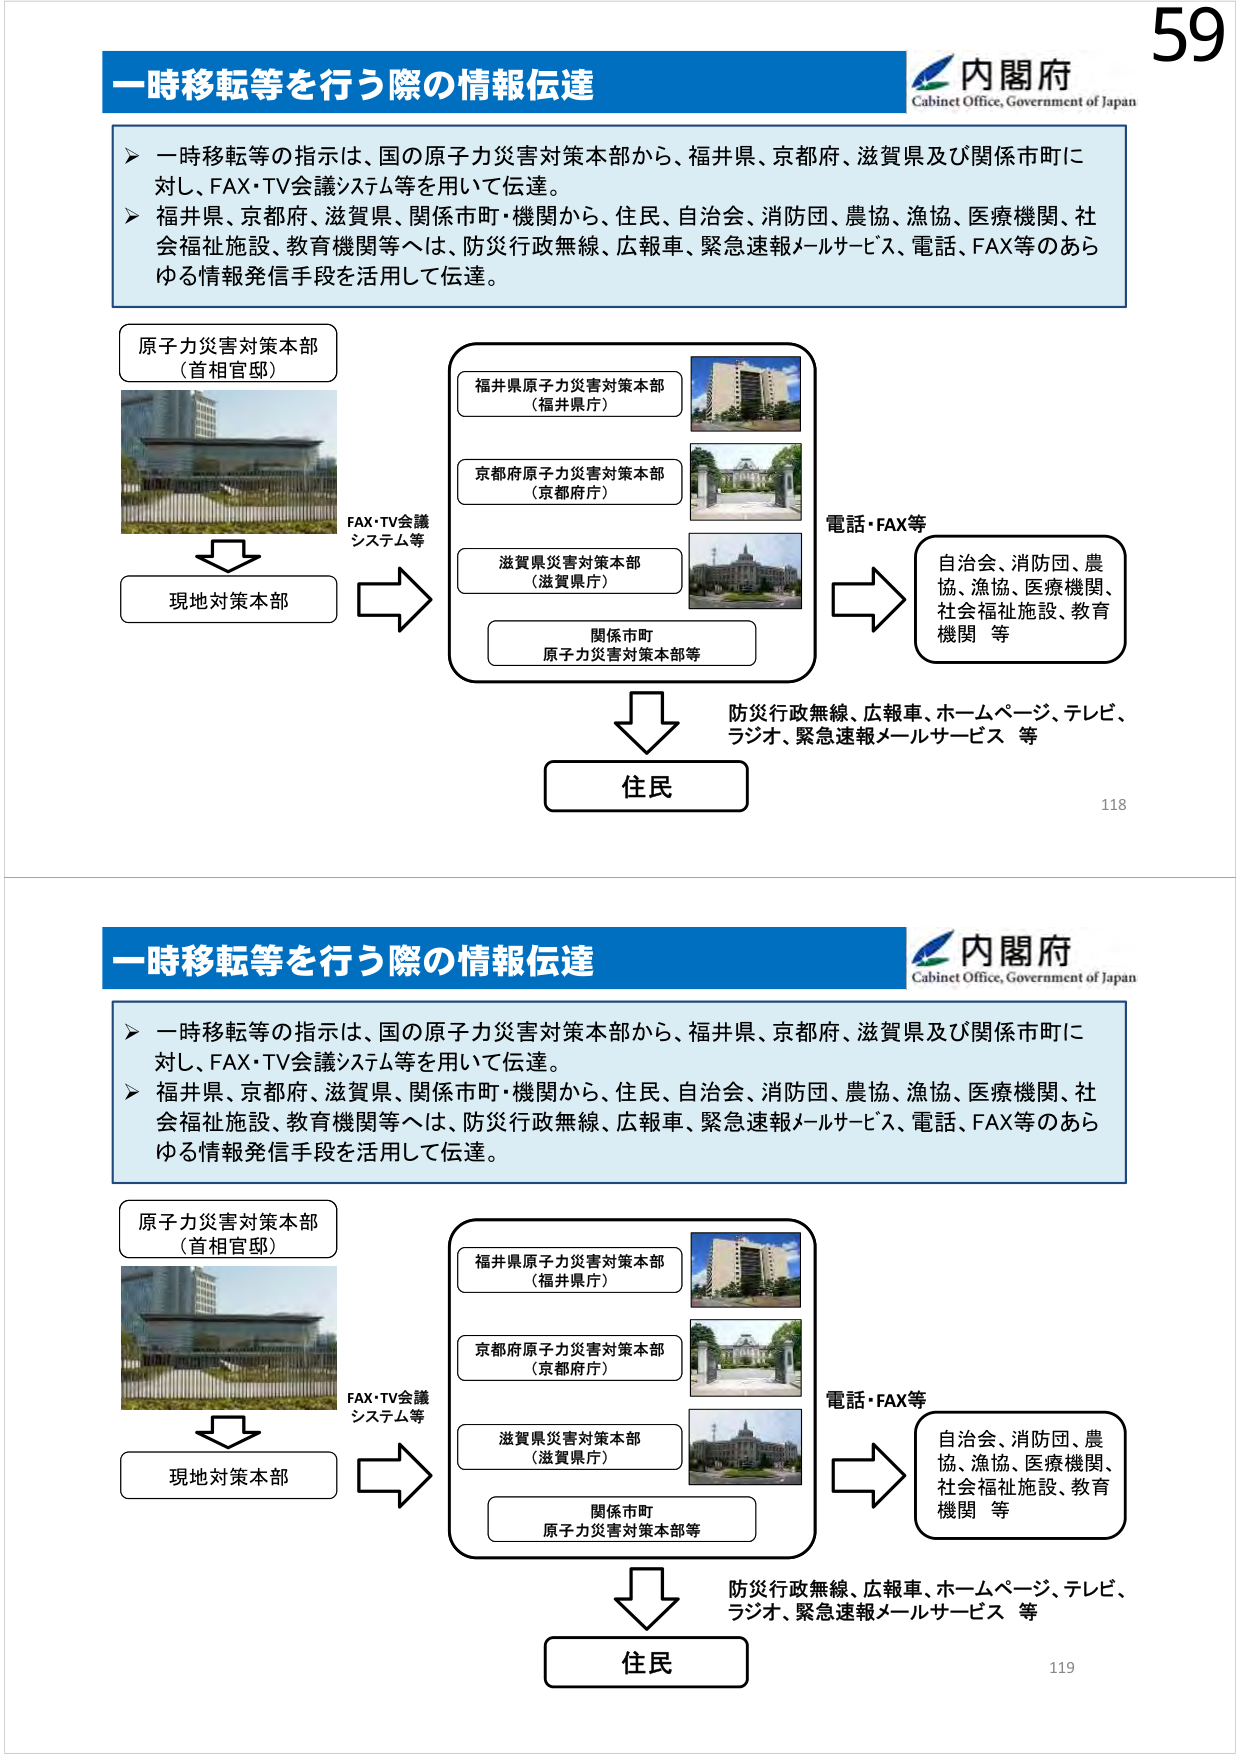
一時移転等を行う際の情報伝達
内閣府
Cabinet Office, Government of Japan
一時移転等の指示は、国の原子力災害対策本部から、福井県、京都府、滋賀県及び関係市町に
対し、FAX・TV会議システム等を用いて伝達。
福井県、京都府、滋賀県、関係市町・機関から、住民、自治会、消防団、農協、漁協、医療機関、社
会福祉施設、教育機関等へは、防災行政無線、広報車、緊急速報メールサービス、電話、FAX等のあら
ゆる情報発信手段を活用して伝達。
原子力災害対策本部
（首相官邸）
FAX・TV会議
システム等
現地対策本部
福井県原子力災害対策本部
（福井県庁）
京都府原子力災害対策本部
（京都府庁）
滋賀県災害対策本部
（滋賀県庁）
関係市町
原子力災害対策本部等
電話・FAX等
自治会、消防団、農
協、漁協、医療機関、
社会福祉施設、教育
機関 等
防災行政無線、広報車、ホームページ、テレビ、
ラジオ、緊急速報メールサービス 等
住民
118
一時移転等を行う際の情報伝達
内閣府
Cabinet Office, Government of Japan
一時移転等の指示は、国の原子力災害対策本部から、福井県、京都府、滋賀県及び関係市町に
対し、FAX・TV会議システム等を用いて伝達。
福井県、京都府、滋賀県、関係市町・機関から、住民、自治会、消防団、農協、漁協、医療機関、社
会福祉施設、教育機関等へは、防災行政無線、広報車、緊急速報メールサービス、電話、FAX等のあら
ゆる情報発信手段を活用して伝達。
原子力災害対策本部
（首相官邸）
FAX・TV会議
システム等
現地対策本部
福井県原子力災害対策本部
（福井県庁）
京都府原子力災害対策本部
（京都府庁）
滋賀県災害対策本部
（滋賀県庁）
関係市町
原子力災害対策本部等
電話・FAX等
自治会、消防団、農
協、漁協、医療機関、
社会福祉施設、教育
機関 等
防災行政無線、広報車、ホームページ、テレビ、
ラジオ、緊急速報メールサービス 等
住民
119
59